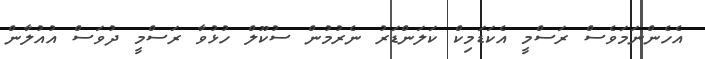
އެހެންނަމަވެސް ރަސްމީ އެކަޑަމިކް ކަލަންޑަރު ނެރުމުން ސުކޫލް ހުޅުވާ ރަސްމީ ދުވަސް އުއުލާން